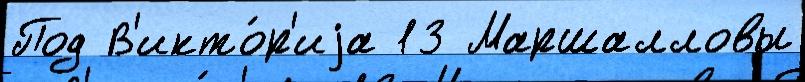
Под В'икто́р'иjа 13 Маршалловы